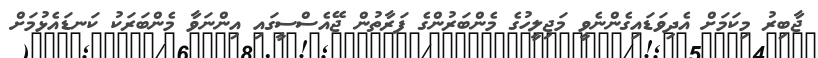
ޖާބިރު މިކަމަށް އެދިވަޑައިގެންނެވީ މަޖިލީހުގެ މެންބަރުންގެ ފަރާތުން ޖޭއެސްސީގައި އިންނަވާ މެންބަރަކު ކަނޑައެޅުމަށް